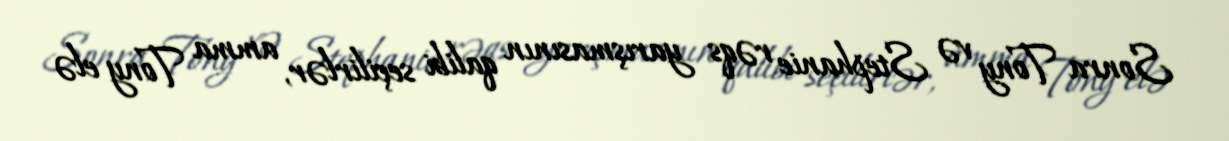
Sonra Tony və Stephanie rəqs yarışmasının qalibi seçilirlər, amma Tony elə